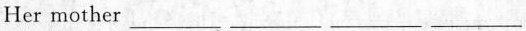
Her mother ___ ___ ___ ___